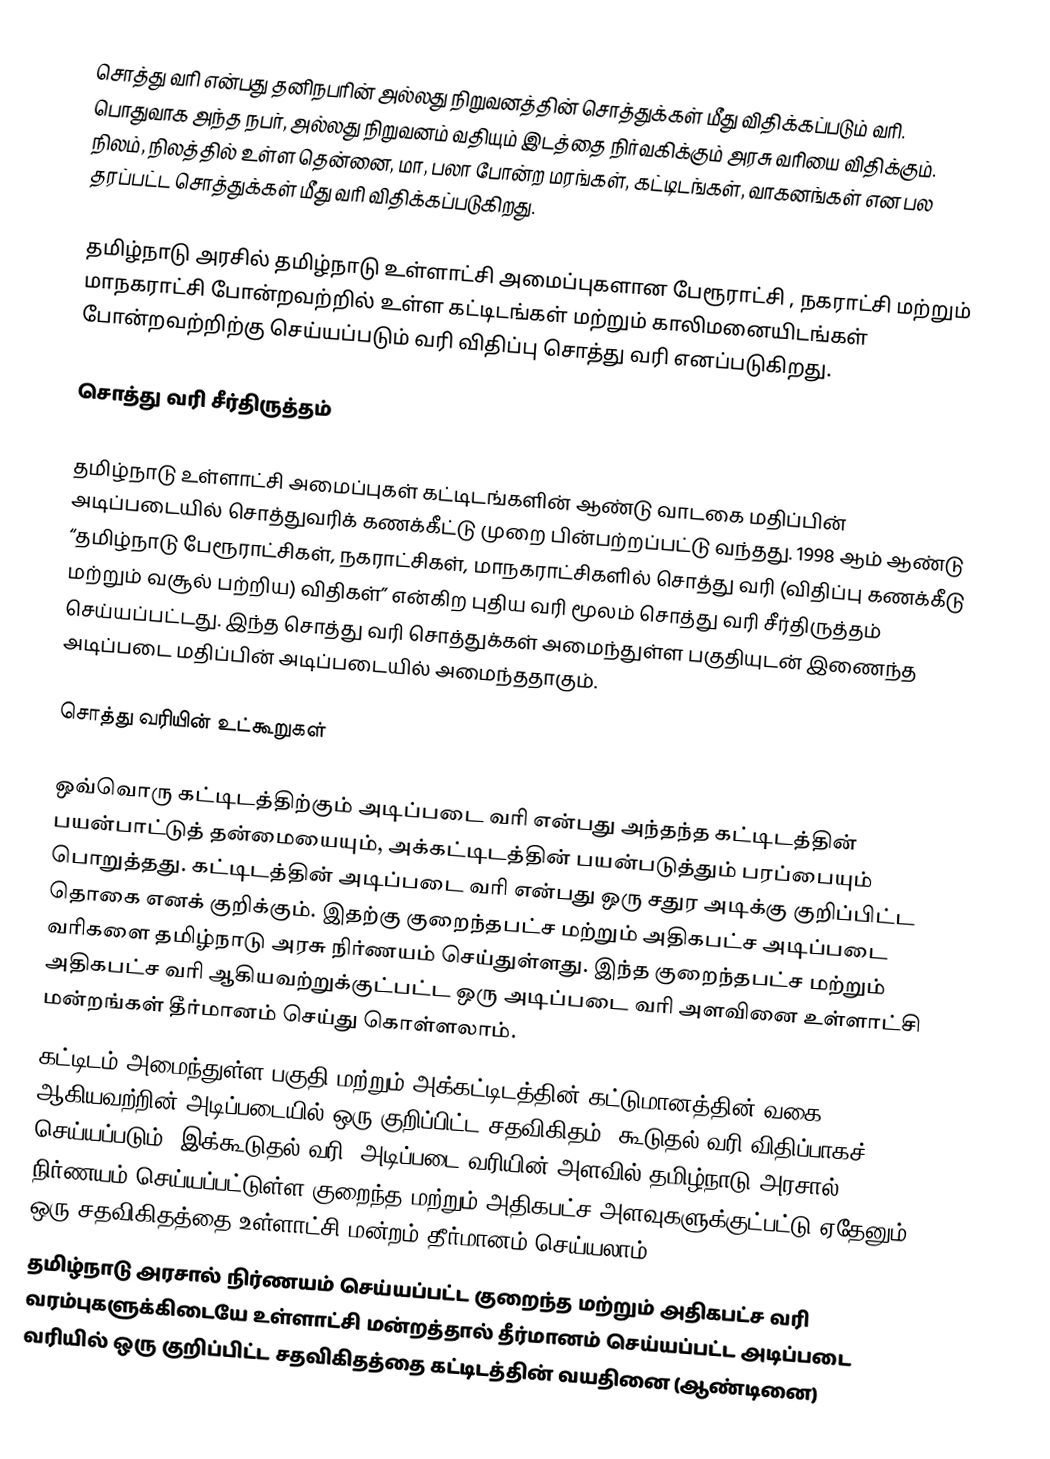
சொத்து வரி என்பது தனிநபரின் அல்லது நிறுவனத்தின் சொத்துக்கள் மீது விதிக்கப்படும் வரி. பொதுவாக அந்த நபர், அல்லது நிறுவனம் வதியும் இடத்தை நிர்வகிக்கும் அரசு வரியை விதிக்கும். நிலம், நிலத்தில் உள்ள தென்னை, மா, பலா போன்ற மரங்கள், கட்டிடங்கள், வாகனங்கள் என பல தரப்பட்ட சொத்துக்கள் மீது வரி விதிக்கப்படுகிறது.

தமிழ்நாடு அரசில்  தமிழ்நாடு உள்ளாட்சி அமைப்புகளான  பேரூராட்சி , நகராட்சி  மற்றும் மாநகராட்சி போன்றவற்றில் உள்ள கட்டிடங்கள் மற்றும் காலிமனையிடங்கள் போன்றவற்றிற்கு செய்யப்படும் வரி விதிப்பு சொத்து வரி எனப்படுகிறது.

சொத்து வரி சீர்திருத்தம்

தமிழ்நாடு உள்ளாட்சி அமைப்புகள்  கட்டிடங்களின் ஆண்டு வாடகை மதிப்பின் அடிப்படையில் சொத்துவரிக் கணக்கீட்டு முறை பின்பற்றப்பட்டு வந்தது. 1998 ஆம் ஆண்டு “தமிழ்நாடு பேரூராட்சிகள், நகராட்சிகள், மாநகராட்சிகளில் சொத்து வரி (விதிப்பு கணக்கீடு மற்றும் வசூல் பற்றிய) விதிகள்” என்கிற புதிய வரி மூலம் சொத்து வரி சீர்திருத்தம் செய்யப்பட்டது. இந்த சொத்து வரி சொத்துக்கள் அமைந்துள்ள பகுதியுடன் இணைந்த அடிப்படை மதிப்பின் அடிப்படையில் அமைந்ததாகும்.

சொத்து வரியின் உட்கூறுகள்

ஒவ்வொரு கட்டிடத்திற்கும் அடிப்படை வரி என்பது அந்தந்த கட்டிடத்தின் பயன்பாட்டுத் தன்மையையும், அக்கட்டிடத்தின் பயன்படுத்தும் பரப்பையும் பொறுத்தது. கட்டிடத்தின் அடிப்படை வரி என்பது ஒரு சதுர அடிக்கு குறிப்பிட்ட தொகை எனக் குறிக்கும். இதற்கு குறைந்தபட்ச மற்றும் அதிகபட்ச அடிப்படை வரிகளை தமிழ்நாடு அரசு நிர்ணயம் செய்துள்ளது. இந்த குறைந்தபட்ச மற்றும் அதிகபட்ச வரி ஆகியவற்றுக்குட்பட்ட ஒரு அடிப்படை வரி அளவினை உள்ளாட்சி மன்றங்கள் தீர்மானம் செய்து கொள்ளலாம்.
கட்டிடம் அமைந்துள்ள பகுதி மற்றும் அக்கட்டிடத்தின் கட்டுமானத்தின் வகை ஆகியவற்றின் அடிப்படையில் ஒரு குறிப்பிட்ட சதவிகிதம் “கூடுதல் வரி விதிப்பாகச்” செய்யப்படும். இக்கூடுதல் வரி, அடிப்படை வரியின் அளவில் தமிழ்நாடு அரசால் நிர்ணயம் செய்யப்பட்டுள்ள குறைந்த மற்றும் அதிகபட்ச அளவுகளுக்குட்பட்டு ஏதேனும் ஒரு சதவிகிதத்தை உள்ளாட்சி மன்றம் தீர்மானம் செய்யலாம்.
தமிழ்நாடு அரசால் நிர்ணயம் செய்யப்பட்ட குறைந்த மற்றும் அதிகபட்ச வரி வரம்புகளுக்கிடையே உள்ளாட்சி மன்றத்தால் தீர்மானம் செய்யப்பட்ட அடிப்படை வரியில் ஒரு குறிப்பிட்ட சதவிகிதத்தை கட்டிடத்தின் வயதினை (ஆண்டினை)